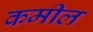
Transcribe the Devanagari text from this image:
कमील